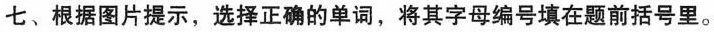
七、根据图片提示,选择正确的单词,将其字母编号填在题前括号里.